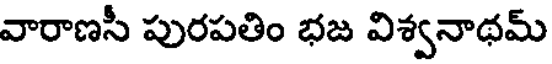
వారాణసీ పురపతిం భజ విశ్వనాథమ్